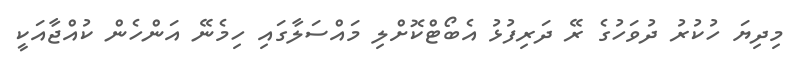
މިދިޔަ ހުކުރު ދުވަހުގެ ރޭ ދަރިފުޅު އެބޯޓްކޮށްލި މައްސަލާގައި ހިމެނޭ އަންހެން ކުއްޖާއަކީ